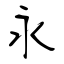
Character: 永